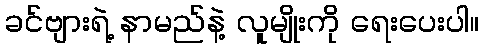
ခင်ဗျားရဲ့ နာမည်နဲ့ လူမျိုးကို ရေးပေးပါ။